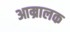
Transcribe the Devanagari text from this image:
आम्रालक